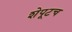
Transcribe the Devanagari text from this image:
शेपूटच